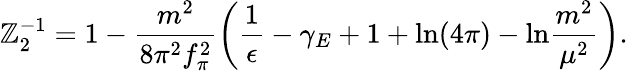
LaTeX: \mathbb{Z}_{2}^{-1}=1-\frac{{m^{2}}}{{8\pi^{2}f_{\pi}^{2}}}\left(\frac{{1}}{{\epsilon}}-\gamma_{E}+1+\mathrm{{ln}}(4\pi)-\mathrm{{ln}}\frac{{m^{2}}}{{\mu^{2}}}\right).